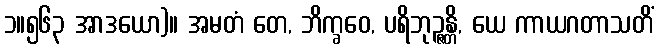
၁။၅၆၃ အာဒယော)။ အမတံ တေ, ဘိက္ခဝေ, ပရိဘုဉ္ဇန္တိ, ယေ ကာယဂတာသတိံ